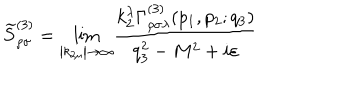
\widetilde { S } _ { \rho \sigma } ^ { ( 3 ) } = { \lim _ { \left| k _ { 2 \mu } \right| \rightarrow \infty } } \frac { k _ { 2 } ^ { \lambda } \Gamma _ { \rho \sigma \lambda } ^ { ( 3 ) } ( p _ { 1 } , p _ { 2 } ; q _ { 3 } ) } { q _ { 3 } ^ { 2 } - M ^ { 2 } + i \varepsilon }